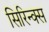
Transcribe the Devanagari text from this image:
सिरिन्क्स